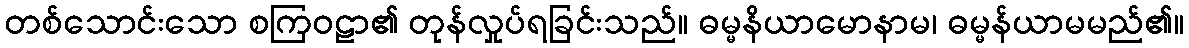
တစ်သောင်းသော စကြဝဠာ၏ တုန်လှုပ်ရခြင်းသည်။ ဓမ္မနိယာမောနာမ၊ ဓမ္မန်ယာမမည်၏။